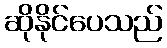
ဆိုနိုင်ပေသည်